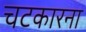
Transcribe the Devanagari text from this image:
चटकारना